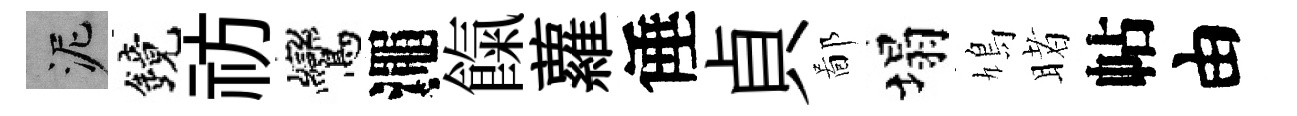
泥鏡祊鸞澠餼蘿倕貞鄙塌鳩睹帖由